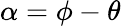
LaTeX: \alpha=\phi-\theta